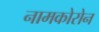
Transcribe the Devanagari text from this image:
नामकोरोन